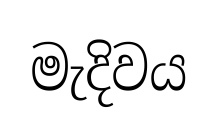
මැදිවය